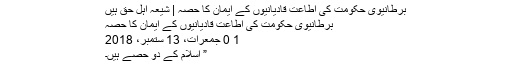
برطانیوی حکومت کی اطاعت قادیانیوں کے ایمان کا حصہ | شیعہ اہل حق ہیں
برطانیوی حکومت کی اطاعت قادیانیوں کے ایمان کا حصہ
1 0 جمعرات، 13 ستمبر، 2018
” اسلام کے دو حصے ہیں۔